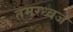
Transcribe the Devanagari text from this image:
तमरध्वज